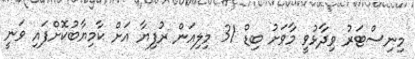
މިނިސްޓަރު ވިދާޅުވީ މާވަށު ބިޑް 31 މިލިއަން ރުފިޔާ އަށް ކާމިޔާބުކޮށްފައި ވަނީ